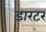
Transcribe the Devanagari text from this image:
डारटर